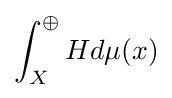
\int _{X}^{\oplus }Hd\mu (x)